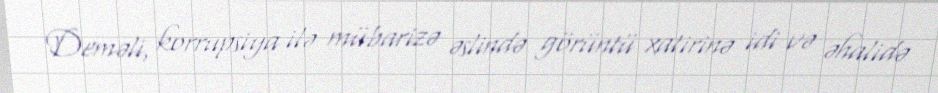
Deməli, korrupsiya ilə mübarizə əslində görüntü xatirinə idi və əhalidə